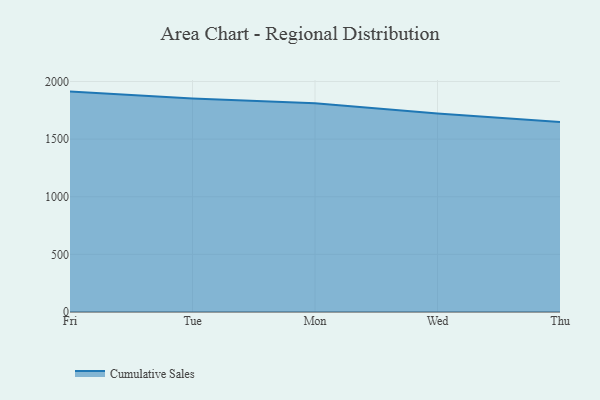
{"axis": {"x": "Day", "y": "Website Visitors"}, "legend": ["Cumulative Sales"], "data": [{"x": "Fri", "y": 1912.3, "type": "Cumulative Sales"}, {"x": "Tue", "y": 1853.2, "type": "Cumulative Sales"}, {"x": "Mon", "y": 1812.1, "type": "Cumulative Sales"}, {"x": "Wed", "y": 1721.8, "type": "Cumulative Sales"}, {"x": "Thu", "y": 1648.2, "type": "Cumulative Sales"}]}